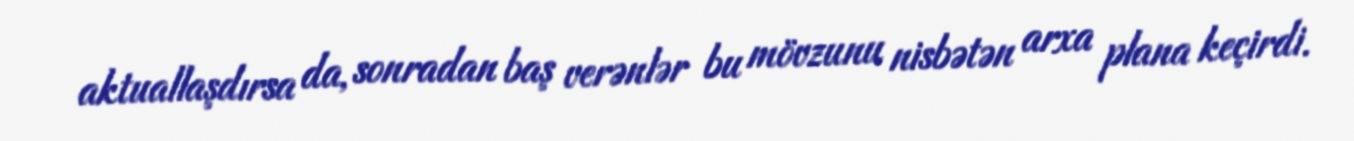
aktuallaşdırsa da, sonradan baş verənlər bu mövzunu nisbətən arxa plana keçirdi.